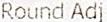
ROUND ADJ